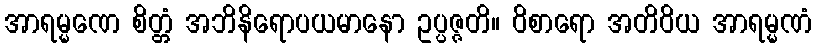
အာရမ္မဏေ စိတ္တံ အဘိနိရောပယမာနော ဥပ္ပဇ္ဇတိ။ ဝိစာရော အတိဝိယ အာရမ္မဏံ